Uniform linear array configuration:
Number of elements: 24
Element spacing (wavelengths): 0.75
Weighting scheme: blackman
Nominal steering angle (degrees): -30
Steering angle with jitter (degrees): -28.991
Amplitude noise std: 0.05
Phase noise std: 0.05

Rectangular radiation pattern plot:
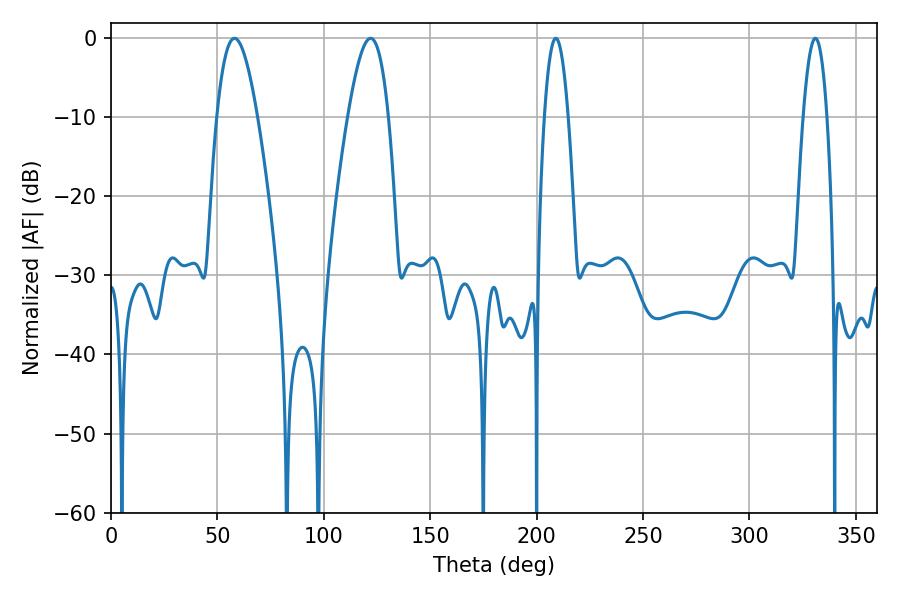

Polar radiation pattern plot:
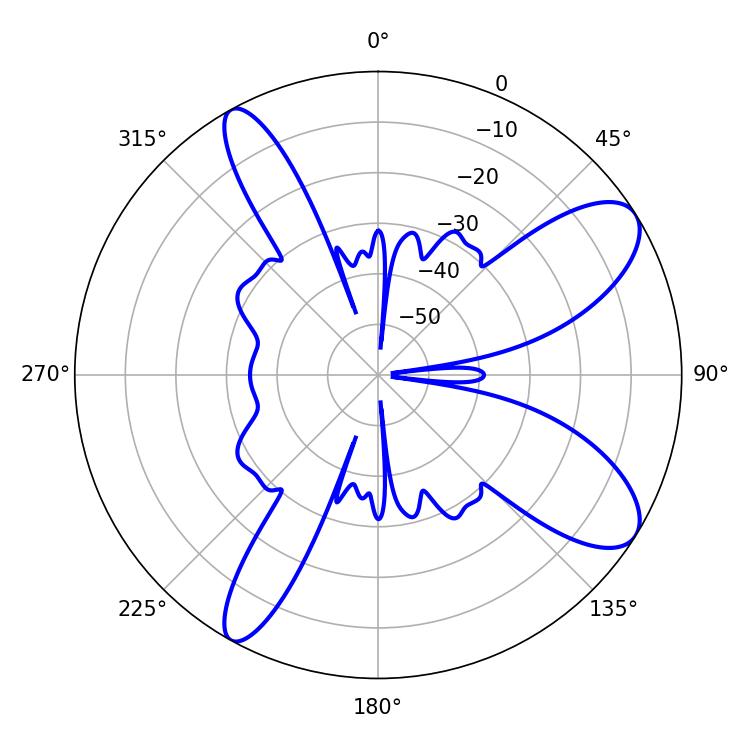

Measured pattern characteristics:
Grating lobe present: TRUE
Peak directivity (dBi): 9.572
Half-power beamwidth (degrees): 6.12
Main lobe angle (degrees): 208.98